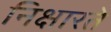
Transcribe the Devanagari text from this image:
निक्षारते